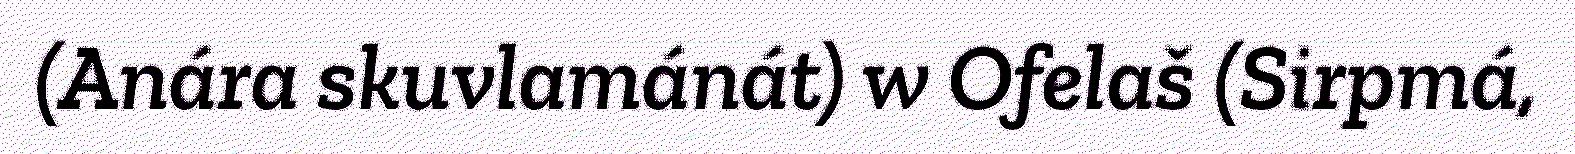
(Anára skuvlamánát) w Ofelaš (Sirpmá,